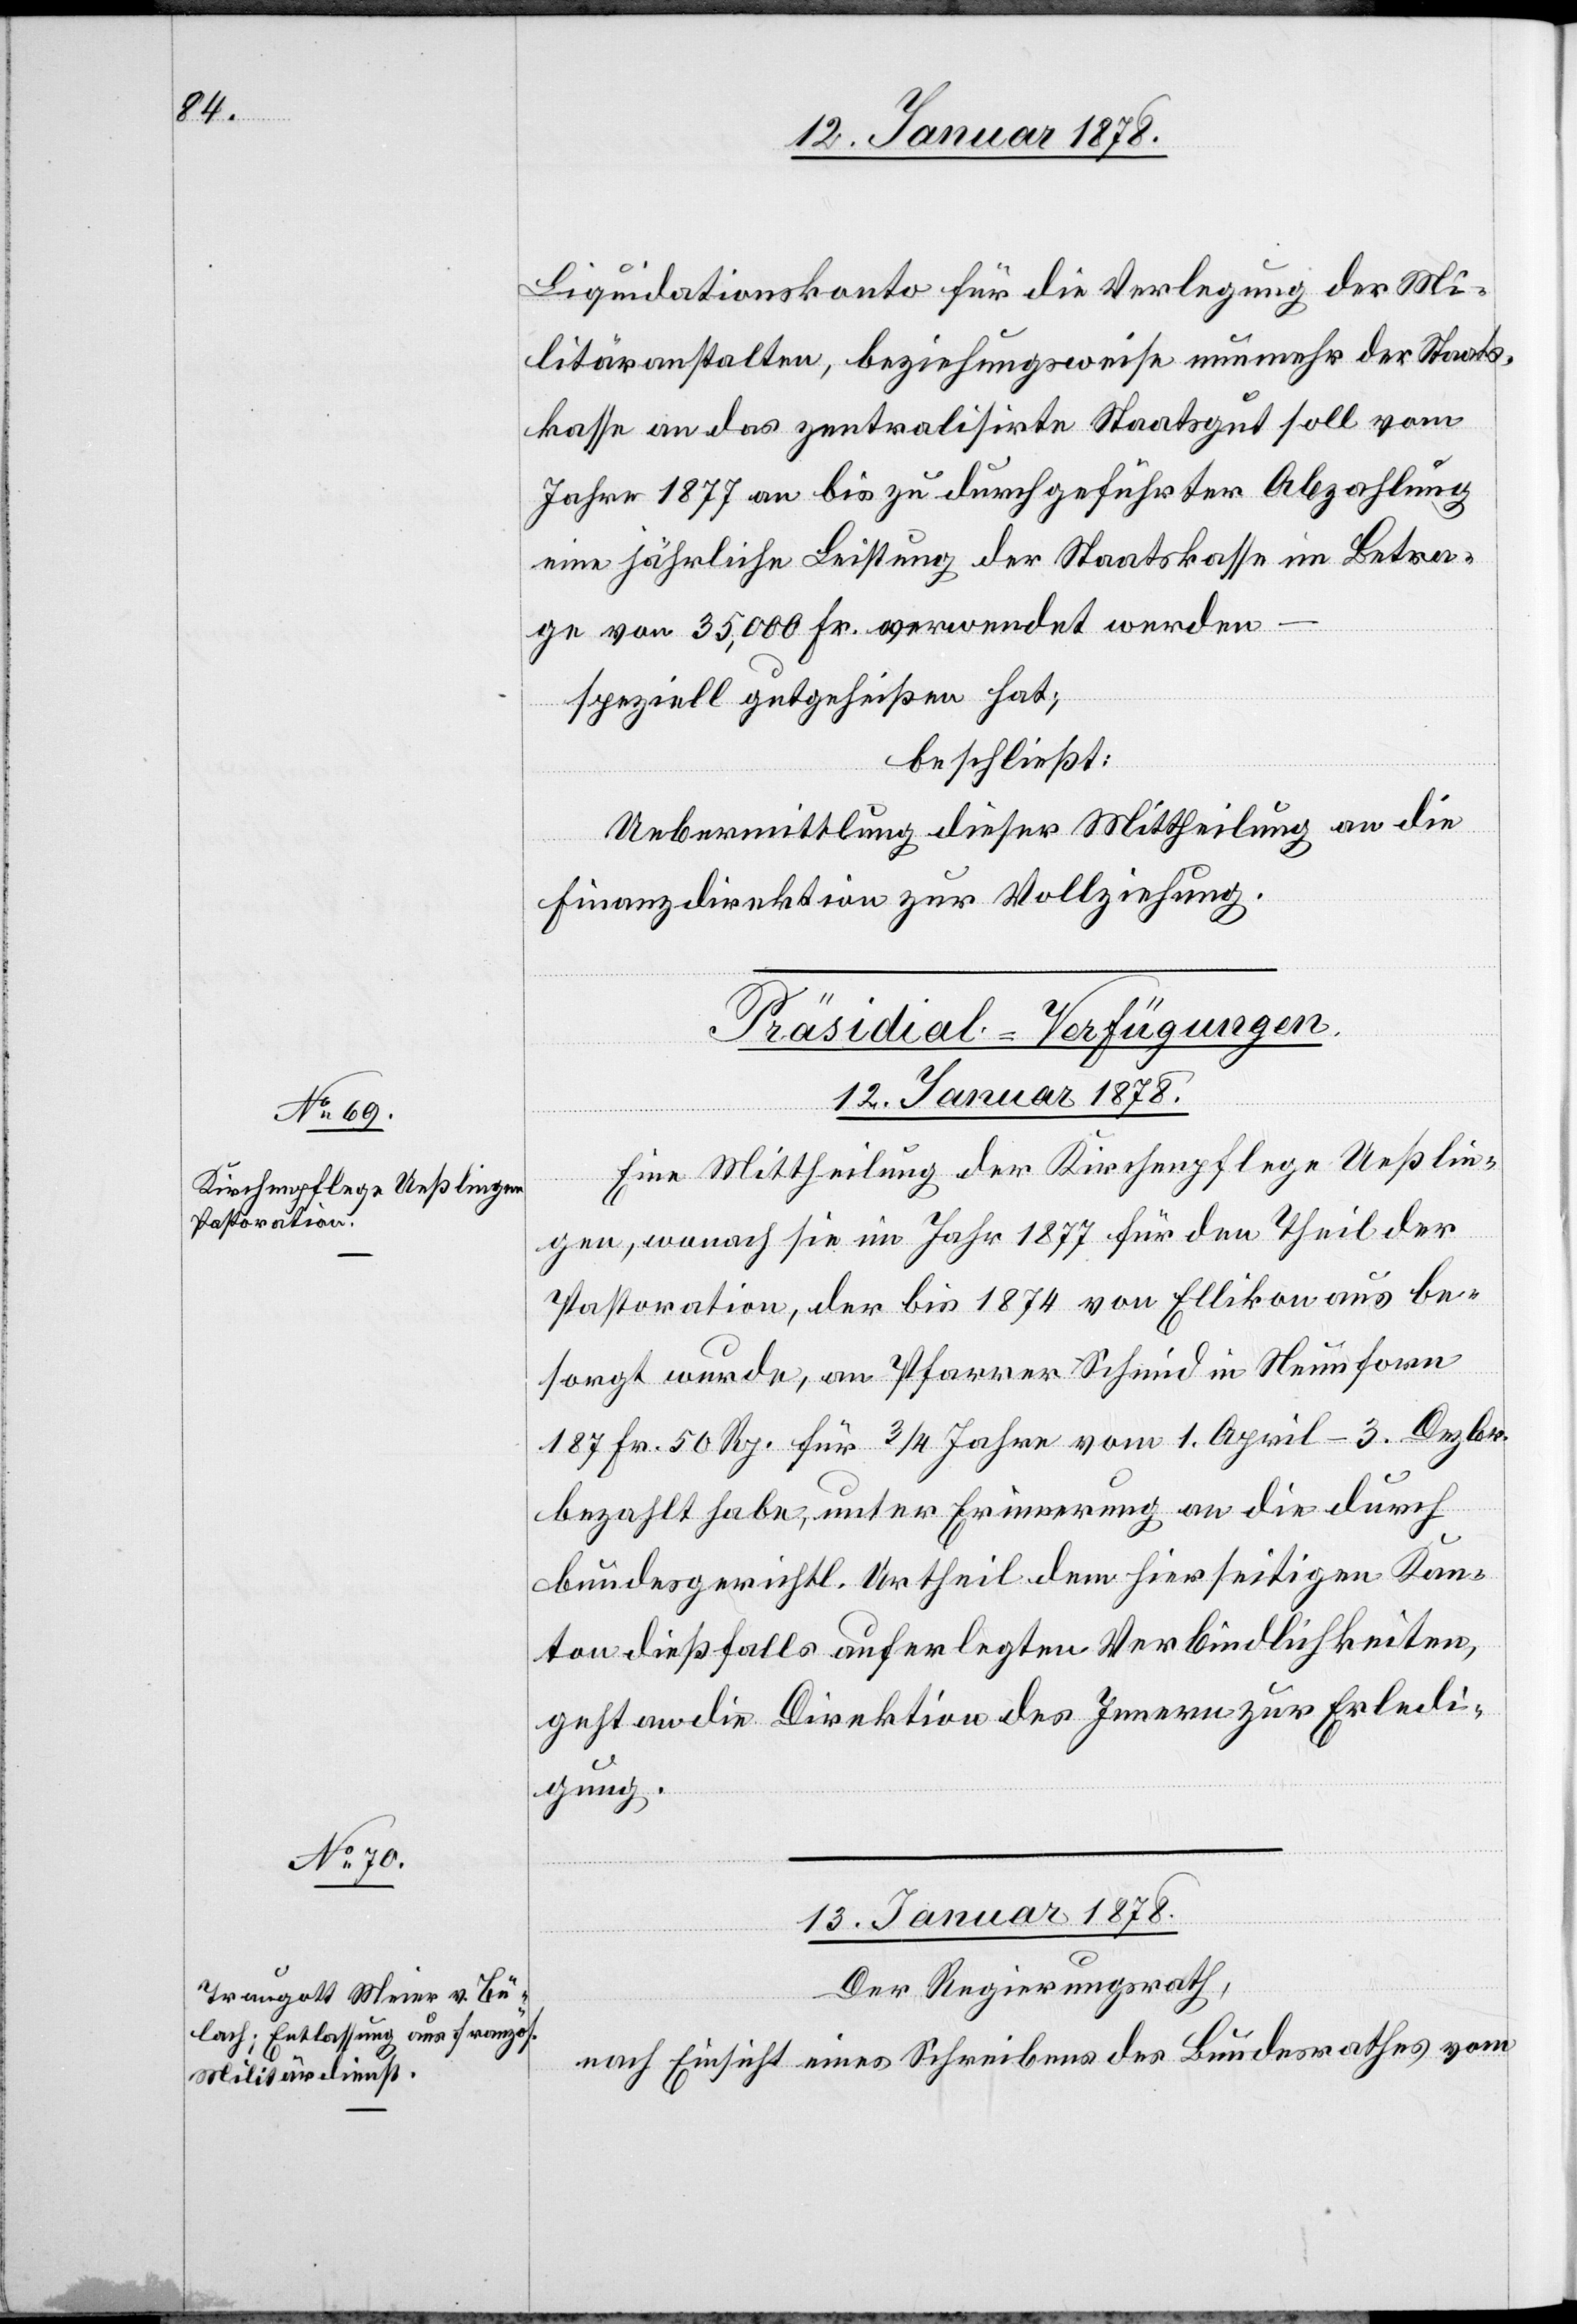
Liquidationskonto für die Verlegung der Mi¬
litäranstalten, beziehungsweise nunmehr der Staats¬
kasse an das zentralistische Staatsgut soll vom
Jahr 1877 an bis zu durchgeführter Abzahlung
eine jährliche Leistung der Staatskasse im Betra¬
ge von 35,000 Fr. verwendet werden
speziell gutgeheißen hat;
beschließt:
Uebermittlung dieser Mittheilung an die
Finanzdirektion zur Vollziehung.
[Präsidial-Verfügungen.]
12. Januar 1878.
Eine Mittheilung der Kirchenpflege Ueßlin¬
gen, wonach sie im Jahr 1877 für den Theil der
Pastoration, der bis 1874 von Ellikon aus be¬
sorgt wurde, an Pfarrer Schmid in Neunforn
187 Fr. 50 Rp. für 3/4 Jahre vom 1. April – 3. Dezbr.
bezahlt habe, unter Erinnerung an die durch
bundesgerichtl. Urtheil dem hierseitigen Kan¬
ton dießfalls auferlegten Verbindlichkeiten,
geht an die Direktion des Innern zur Erledi¬
gung.
13. Januar 1878.
Der Regierungsrath,
nach Einsicht eines Schreibens des Bundesrathes vom